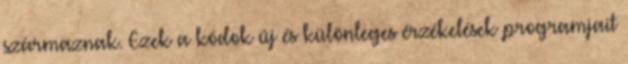
származnak. Ezek a kódok új és különleges érzékelések programjait